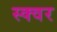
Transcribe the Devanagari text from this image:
स्क्वर